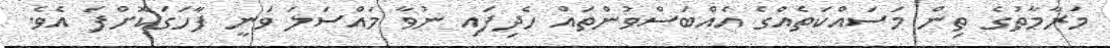
މަރާމާތުގެ ތިން މަސައްކަތެއްގެ އެެއްބަސްވުންތައް ހެދިފައި ނުވާ މައްސަަލަ ވަނީ ފާހަގަކޮށްފަ އެެވެ.